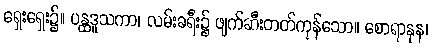
ရှေးရှေး၌။ ပန္ထဒူသကာ၊ လမ်းခရီး၌ ဖျက်ဆီးတတ်ကုန်သော။ စောရာနုန၊